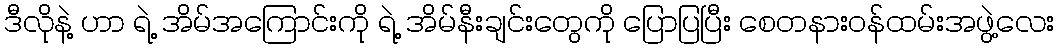
ဒီလိုနဲ့ ဟာ ရဲ့ အိမ်အကြောင်းကို ရဲ့ အိမ်နီးချင်းတွေကို ပြောပြပြီး စေတနားဝန်ထမ်းအဖွဲ့လေး